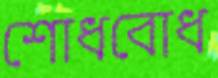
শোধবোধ